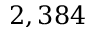
2 , 3 8 4